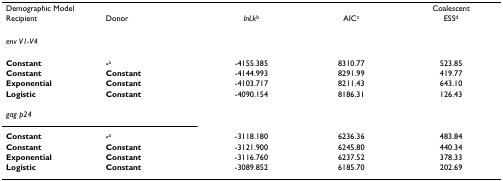
| <COLSPAN=2> Demographic Model |  |  | Coalescent |
 | Recipient | Donor | lnLkb | AICc | ESSd |
 | --- | --- | --- | --- | --- |
 | env V1-V4 |  |  |  |  |
 | Constant | -a | -4155.385 | 8310.77 | 523.85 |
 | Constant | Constant | -4144.993 | 8291.99 | 419.77 |
 | Exponential | Constant | -4103.717 | 8211.43 | 643.10 |
 | Logistic | Constant | -4090.154 | 8186.31 | 126.43 |
 | gag p24 |  |  |  |  |
 | Constant | -a | -3118.180 | 6236.36 | 483.84 |
 | Constant | Constant | -3121.900 | 6245.80 | 440.34 |
 | Exponential | Constant | -3116.760 | 6237.52 | 378.33 |
 | Logistic | Constant | -3089.852 | 6185.70 | 202.69 |